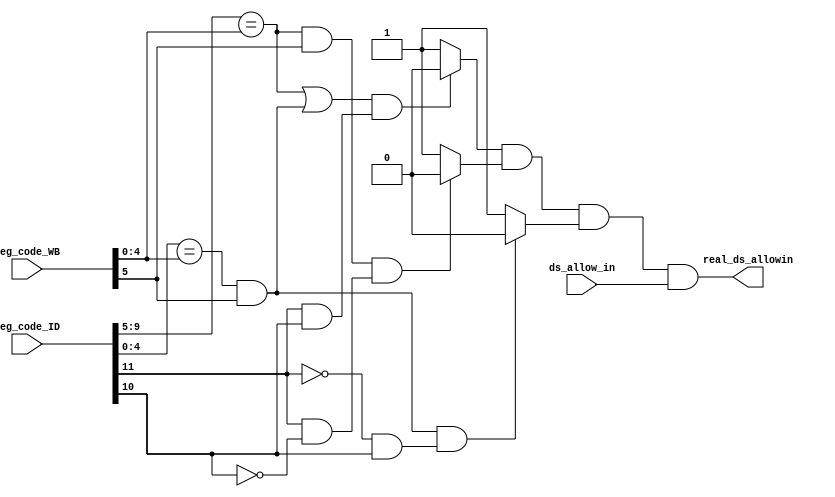
module reg_judge(
    input [11:0]  reg_code_ID    ,    //ID
    //input [5 :0]  reg_code_EXE ,   //EXE, MEM, WB
    //input [5 :0]  reg_code_MEM ,
    input [5 :0]  reg_code_WB    ,
    input         ds_allow_in     ,
    output        real_ds_allowin
);
    wire [1:0] reg_ID_valid  ;
    //wire       reg_EXE_valid ;
    //wire       reg_MEM_valid ;
    wire       reg_WB_valid  ;

    assign reg_ID_valid  = reg_code_ID  [11:10];
    //assign reg_EXE_valid = reg_code_EXE [5]    ;
    //assign reg_MEM_valid = reg_code_MEM [5]    ;
    assign reg_WB_valid  = reg_code_WB  [5]    ;

    //wire ID_EXE_11;
    //wire ID_MEM_11;
    wire ID_WB_11 ;
    //wire ID_EXE_10;
    //wire ID_MEM_10;
    wire ID_WB_10 ;
    //wire ID_EXE_01;
    //wire ID_MEM_01;
    wire ID_WB_01 ;
    //wire ID_EXE_00;
    //wire ID_MEM_00;
    //wire ID_WB_00 ;

    //assign ID_EXE_11 = ((reg_code_ID[9:5] == reg_code_EXE[4:0] || reg_code_ID[4:0] == reg_code_EXE[4:0] && reg_EXE_valid) && (reg_ID_valid[1] && reg_ID_valid[0]))? 1'b0 : 1'b1;
    //assign ID_MEM_11 = ((reg_code_ID[9:5] == reg_code_MEM[4:0] || reg_code_ID[4:0] == reg_code_MEM[4:0] && reg_MEM_valid) && (reg_ID_valid[1] && reg_ID_valid[0]))? 1'b0 : 1'b1;
    assign ID_WB_11  = ((reg_code_ID[9:5] == reg_code_WB [4:0] || reg_code_ID[4:0] == reg_code_WB [4:0] && reg_WB_valid ) && (reg_ID_valid[1] && reg_ID_valid[0]))?   1'b0 : 1'b1;

    //assign ID_EXE_10 = ((reg_code_ID[9:5] == reg_code_EXE[4:0] && reg_EXE_valid) && (reg_ID_valid[1] && ~reg_ID_valid[0]))? 1'b0 : 1'b1;
    //assign ID_MEM_10 = ((reg_code_ID[9:5] == reg_code_MEM[4:0] && reg_MEM_valid) && (reg_ID_valid[1] && ~reg_ID_valid[0]))? 1'b0 : 1'b1;
    assign ID_WB_10  = ((reg_code_ID[9:5] == reg_code_WB [4:0] && reg_WB_valid ) && (reg_ID_valid[1] && ~reg_ID_valid[0]))? 1'b0 : 1'b1;

    //assign ID_EXE_01 = ((reg_code_ID[4:0] == reg_code_EXE[4:0] && reg_EXE_valid) && (~reg_ID_valid[1] && reg_ID_valid[0]))? 1'b0 : 1'b1;
    //assign ID_MEM_01 = ((reg_code_ID[4:0] == reg_code_MEM[4:0] && reg_MEM_valid) && (~reg_ID_valid[1] && reg_ID_valid[0]))? 1'b0 : 1'b1;
    assign ID_WB_01  = ((reg_code_ID[4:0] == reg_code_WB [4:0] && reg_WB_valid ) && (~reg_ID_valid[1] && reg_ID_valid[0]))? 1'b0 : 1'b1;

    //assign ID_EXE_00 = 1'b1;
    //assign ID_MEM_00 = 1'b1;
    //assign ID_WB_00  = 1'b1;

    //wire ID_EXE;
    //wire ID_MEM;
    wire ID_WB ;

    //assign ID_EXE = ID_EXE_11 && ID_EXE_10 && ID_EXE_01;
    //assign ID_MEM = ID_MEM_11 && ID_MEM_10 && ID_MEM_01;
    assign ID_WB  = ID_WB_11  && ID_WB_10  && ID_WB_01 ;

    assign real_ds_allowin = ID_WB && ds_allow_in;

endmodule